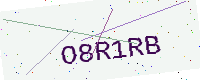
Text: O8R1RB